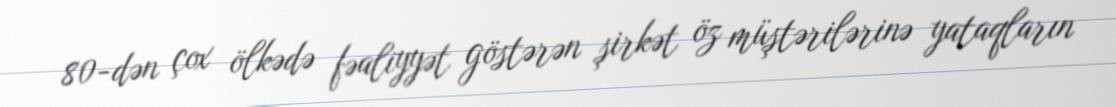
80-dən çox ölkədə fəaliyyət göstərən şirkət öz müştərilərinə yataqların